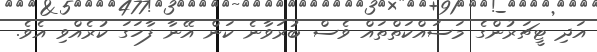
އަދި ޓީޗަރުންގެ މަސައްކަތްތައް ވެސް ބުރަވާނެ ކަން އޭނާ ފާހަގަ ކުރެއްވި އެވެ.